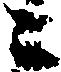
々